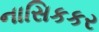
નાસિકકર